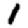
Digit: 1